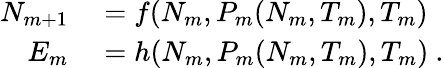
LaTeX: \begin{array}{rl}{N_{m+1}}&{{}=f(N_{m},P_{m}(N_{m},T_{m}),T_{m})}\\ {E_{m}}&{{}=h(N_{m},P_{m}(N_{m},T_{m}),T_{m})\ .}\end{array}